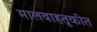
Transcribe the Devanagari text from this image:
मालवाहतूकीत